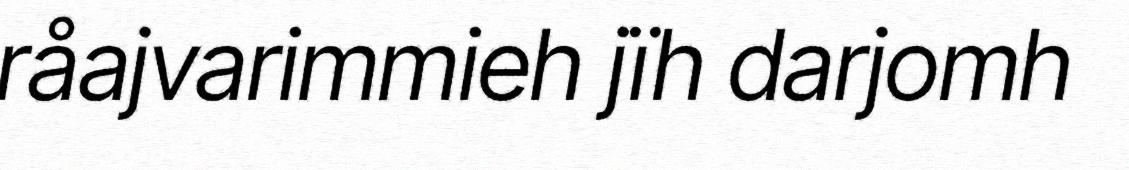
råajvarimmieh jïh darjomh